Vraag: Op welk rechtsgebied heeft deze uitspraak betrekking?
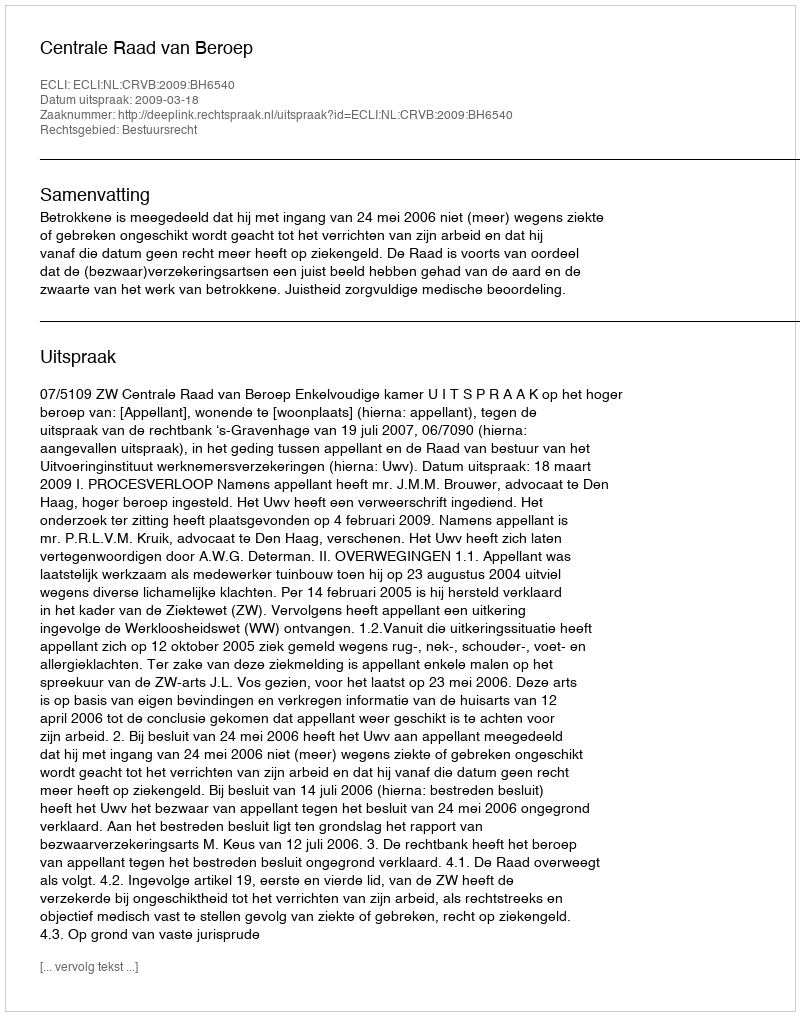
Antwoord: Bestuursrecht